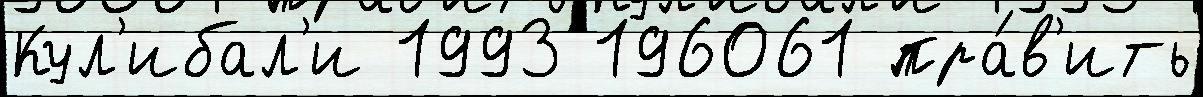
Кул'ибал'и 1993 196061 пра́в'ить